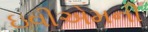
ઇવીએમની